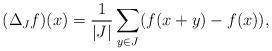
LaTeX: \begin{align*} (\Delta_J f)(x) = \frac{1}{|J|}\sum_{y\in J} (f(x+y)-f(x)), \end{align*}